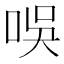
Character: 𠱐